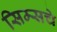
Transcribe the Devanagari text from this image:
सिम्सचे